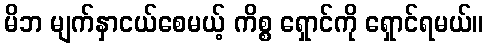
မိဘ မျက်နှာငယ်စေမယ့် ကိစ္စ ရှောင်ကို ရှောင်ရမယ်။